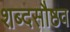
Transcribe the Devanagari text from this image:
शब्दसौष्ठव